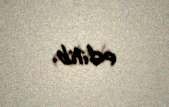
edilib.